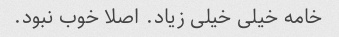
خامه خیلی خیلی زیاد. اصلا خوب نبود.